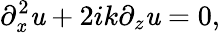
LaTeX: \partial_{\mathit{x}}^{2}\mathit{u}+2ik\partial_{z}\mathit{u}=0,